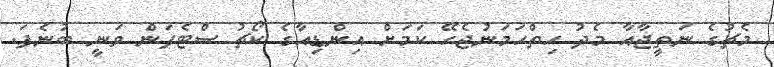
މެޗުގެ ނަތީޖާއާ މެދު ހިތްހަމަނުޖެހޭ ކަމަށް އިންޑިއާގެ ކޯޗު ސްޓެފަން ވަނީ ބުނެފަ.